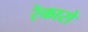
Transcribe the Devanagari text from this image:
रेकारो